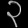
Digit: ၃